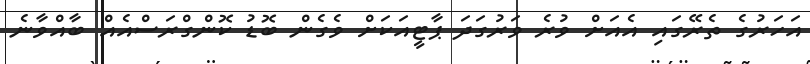
އަހަރުގެ ތެރޭގައި އެއަށް ވުރެ ވަރުގަދަ ޕާޓީއަކަށް ވެގެން ބޮޑު ކޮންގްރަސްއެއް ބާއްވާނެ